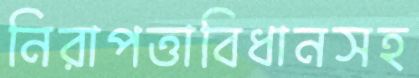
নিরাপত্তাবিধানসহ